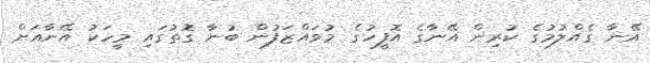
އޭނާ ގެއްލުމުގެ ކުރިން އޭނާގެ އޮފީހުގެ މުވައްޒަފުން ބުނާ ގޮތުގައި މީހަކު އޭނާއަށް